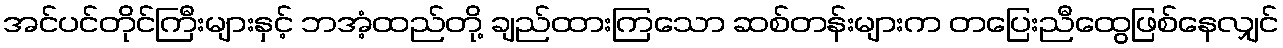
အင်ပင်တိုင်ကြီးများနှင့် ဘအံ့ထည်တို့ ချည်ထားကြသော ဆစ်တန်းများက တပြေးညီထွေဖြစ်နေလျှင်